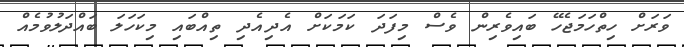
ވަރަށް ހިތްހަމަޖެހޭ ބައިވެރިން ވެސް މިފަދަ ކަމަކަށް އެދިއެދި ތިއްބައި މިކަހަލަ ބައްދަލުވުމެއް